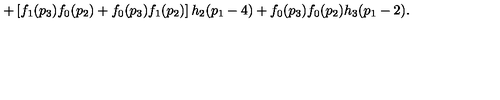
+ \left[ f _ { 1 } ( p _ { 3 } ) f _ { 0 } ( p _ { 2 } ) + f _ { 0 } ( p _ { 3 } ) f _ { 1 } ( p _ { 2 } ) \right] h _ { 2 } ( p _ { 1 } - 4 ) + f _ { 0 } ( p _ { 3 } ) f _ { 0 } ( p _ { 2 } ) h _ { 3 } ( p _ { 1 } - 2 ) .